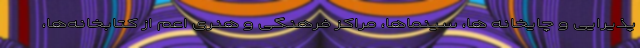
پذیرایی و چایخانه ها، سینماها، مراکز فرهنگی و هنری اعم از کتابخانه‌ها،